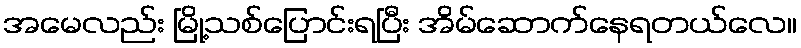
အမေလည်း မြို့သစ်ပြောင်းရပြီး အိမ်ဆောက်နေရတယ်လေ။